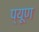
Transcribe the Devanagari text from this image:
प्यूण